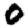
Digit: 0